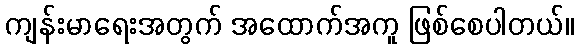
ကျန်းမာရေးအတွက် အထောက်အကူ ဖြစ်စေပါတယ်။